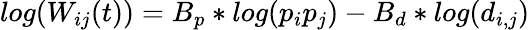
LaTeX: log(W_{ij}(t))=B_{p}*log(p_{i}p_{j})-B_{d}*log(d_{i,j})